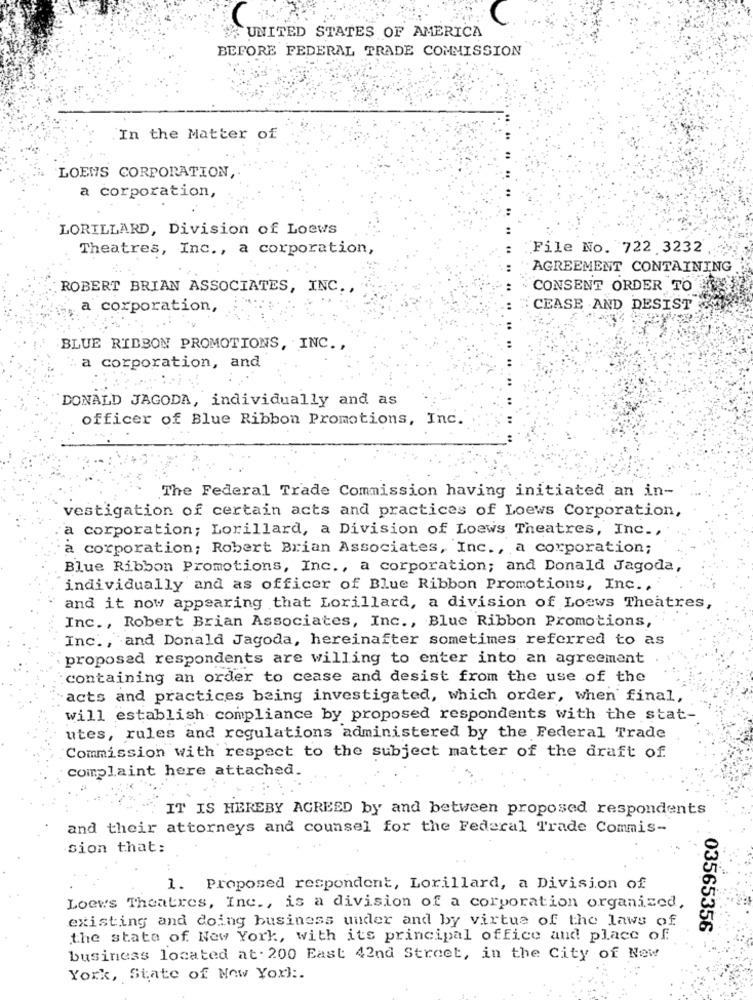
C
UNITED STATES OF AMERICA
BEFORE FEDERAL TRADE COMMISSION
In the Matter of
LOENS CORPORATION
a corporation,
LORILLARD, Division of Loews
Theatres, Inc ., a corporation,
File No. 722 3232
AGREEMENT CONTAINING
ROBERT BRIAN ASSOCIATES, INC .,
CONSENT ORDER TO
a corporation,
CEASE AND DESIST
BLUE RIBBON PROMOTIONS, INC .,
a corporation, and
DONALD JAGODA, individually and as
officer of Blue Ribbon Promotions, Inc.
The Federal Trade Commission having initiated an in-
vestigation of certain acts and practices of Loews Corporation,
a corporation; Lorillard, a Division of Loews Theatres, Inc .,
a corporation; Robert Brian Associates, Inc ., a corporation;
Blue Ribbon Promotions, Inc ., a corporation; and Donald Jagoda,
individually and as officer of Blue Ribbon Promotions, Inc .,
and it now appearing that Lorillard, a division of Loews Theatres,
Inc ., Robert Brian Associates, Inc ., Blue Ribbon Promotions,
Inc ., and Donald Jagoda, hereinafter sometimes referred to as
proposed respondents are willing to enter into an agreement
containing an order to cease and desist from the use of the
acts and practices being investigated, which order, when final,
will establish compliance by proposed respondents with the stat-
utes, rules and regulations administered by the Federal Trade
Commission with respect to the subject matter of the draft of
complaint here attached.
IT IS HEREBY AGREED by and between proposed respondents
and their attorneys and counsel for the Federal Trade Commis-
sion that:
1. Proposed respondent, Lorillard, a Division of
Loews Theatres, Inc ., is a division of a corporation organized,
existing and doing business under and by virtue of the laws of
03565356
the state of New York, with its principal office and place of.
business located at . 200 East 42nd Street, in the City of New
York, State of New York :.